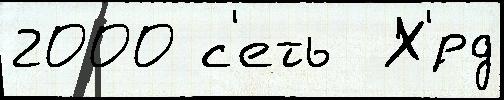
2000 с'еть  Х'́рд